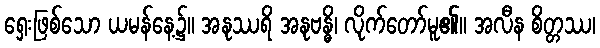
ရှေးဖြစ်သော ယမန်နေ့၌။ အနုဿရိ အနုဗန္ဓိ၊ လိုက်တော်မူ၏။ အလီန စိတ္တဿ၊